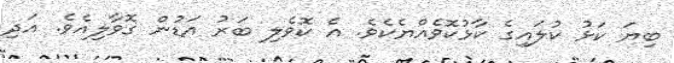
ބިޔަ ކަޅު ކުލައިގެ ކާޅުކޮވެއްޔެކެވެ. އެ ކޮވެލި ބަރު އަޑުން ގޮވާލިއެވެ. އަދި